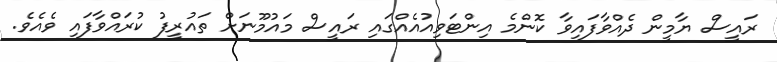
ރައީސް ޔާމީން ދެއްވާފައިވާ ކޮންމެ އިންޓަވިއުއެއްގައި ރައީސް މައުމޫނަށް ތައުރީފު ކުރައްވާފައި ވެއެވެ.